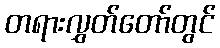
တရားလွှတ်တော်တွင်